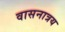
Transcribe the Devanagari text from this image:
वासनात्रय